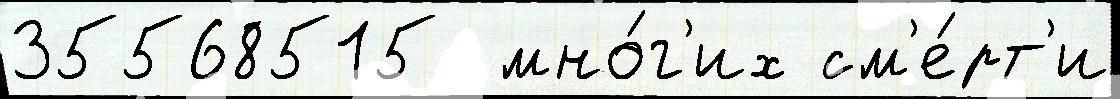
35568515  мно́г'их см'е́рт'и